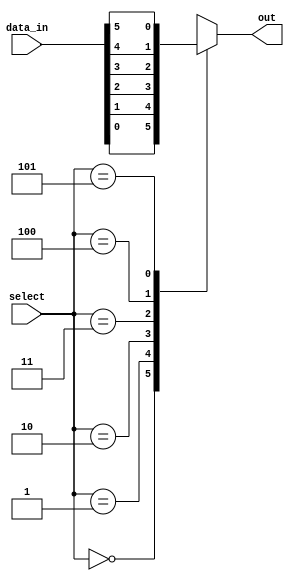
module mux_64to1 (
    input [63:0] data_in,
    input [5:0] select,
    output reg out
);

always @(*)
begin
    case(select)
        6'h00: out = data_in[0];
        6'h01: out = data_in[1];
        6'h02: out = data_in[2];
        6'h03: out = data_in[3];
        6'h04: out = data_in[4];
        6'h05: out = data_in[5];
        //Continue the pattern till 6'h3F
        default: out = 1'bx; //Output invalid if select is not in the defined range
    endcase
end

endmodule